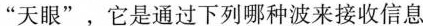
”天眼”，它是通过下列哪种波来接收信息